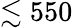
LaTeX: \lesssim 550